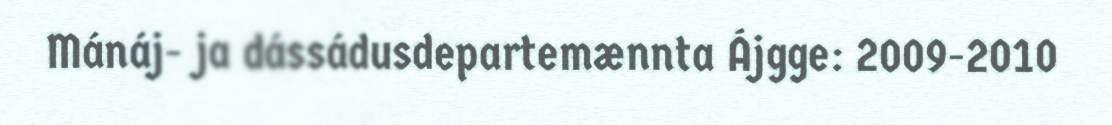
Mánáj- ja dássádusdepartemænnta Ájgge: 2009-2010